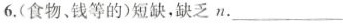
6.(食物、钱等的)短缺，缺乏n.___